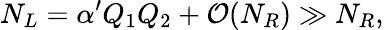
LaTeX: N_{L}=\alpha^{\prime}Q_{1}Q_{2}+{\cal O}(N_{R})\gg N_{R},